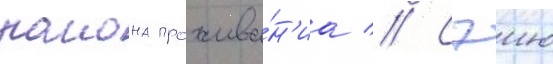
раиона прожива́н'иа // Сэию